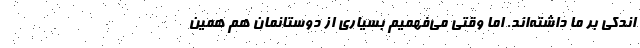
اندکی بر ما داشته‌اند. اما وقتی می‌فهمیم بسیاری از دوستانمان هم همین